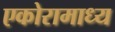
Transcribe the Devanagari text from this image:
एकोरामाध्य